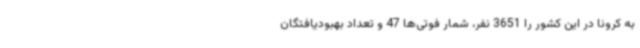
به کرونا در این کشور را 3651 نفر، شمار فوتی‌ها 47 و تعداد بهبودیافتگان